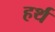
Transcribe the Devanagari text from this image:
हर्थ